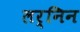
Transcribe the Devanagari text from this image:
लर्निन